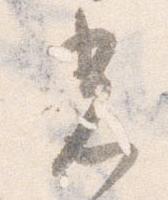
光